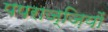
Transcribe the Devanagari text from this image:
पपराज्ज़ियों